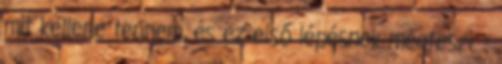
mit kellene tennem, és ez első lépésnek megteszi. -